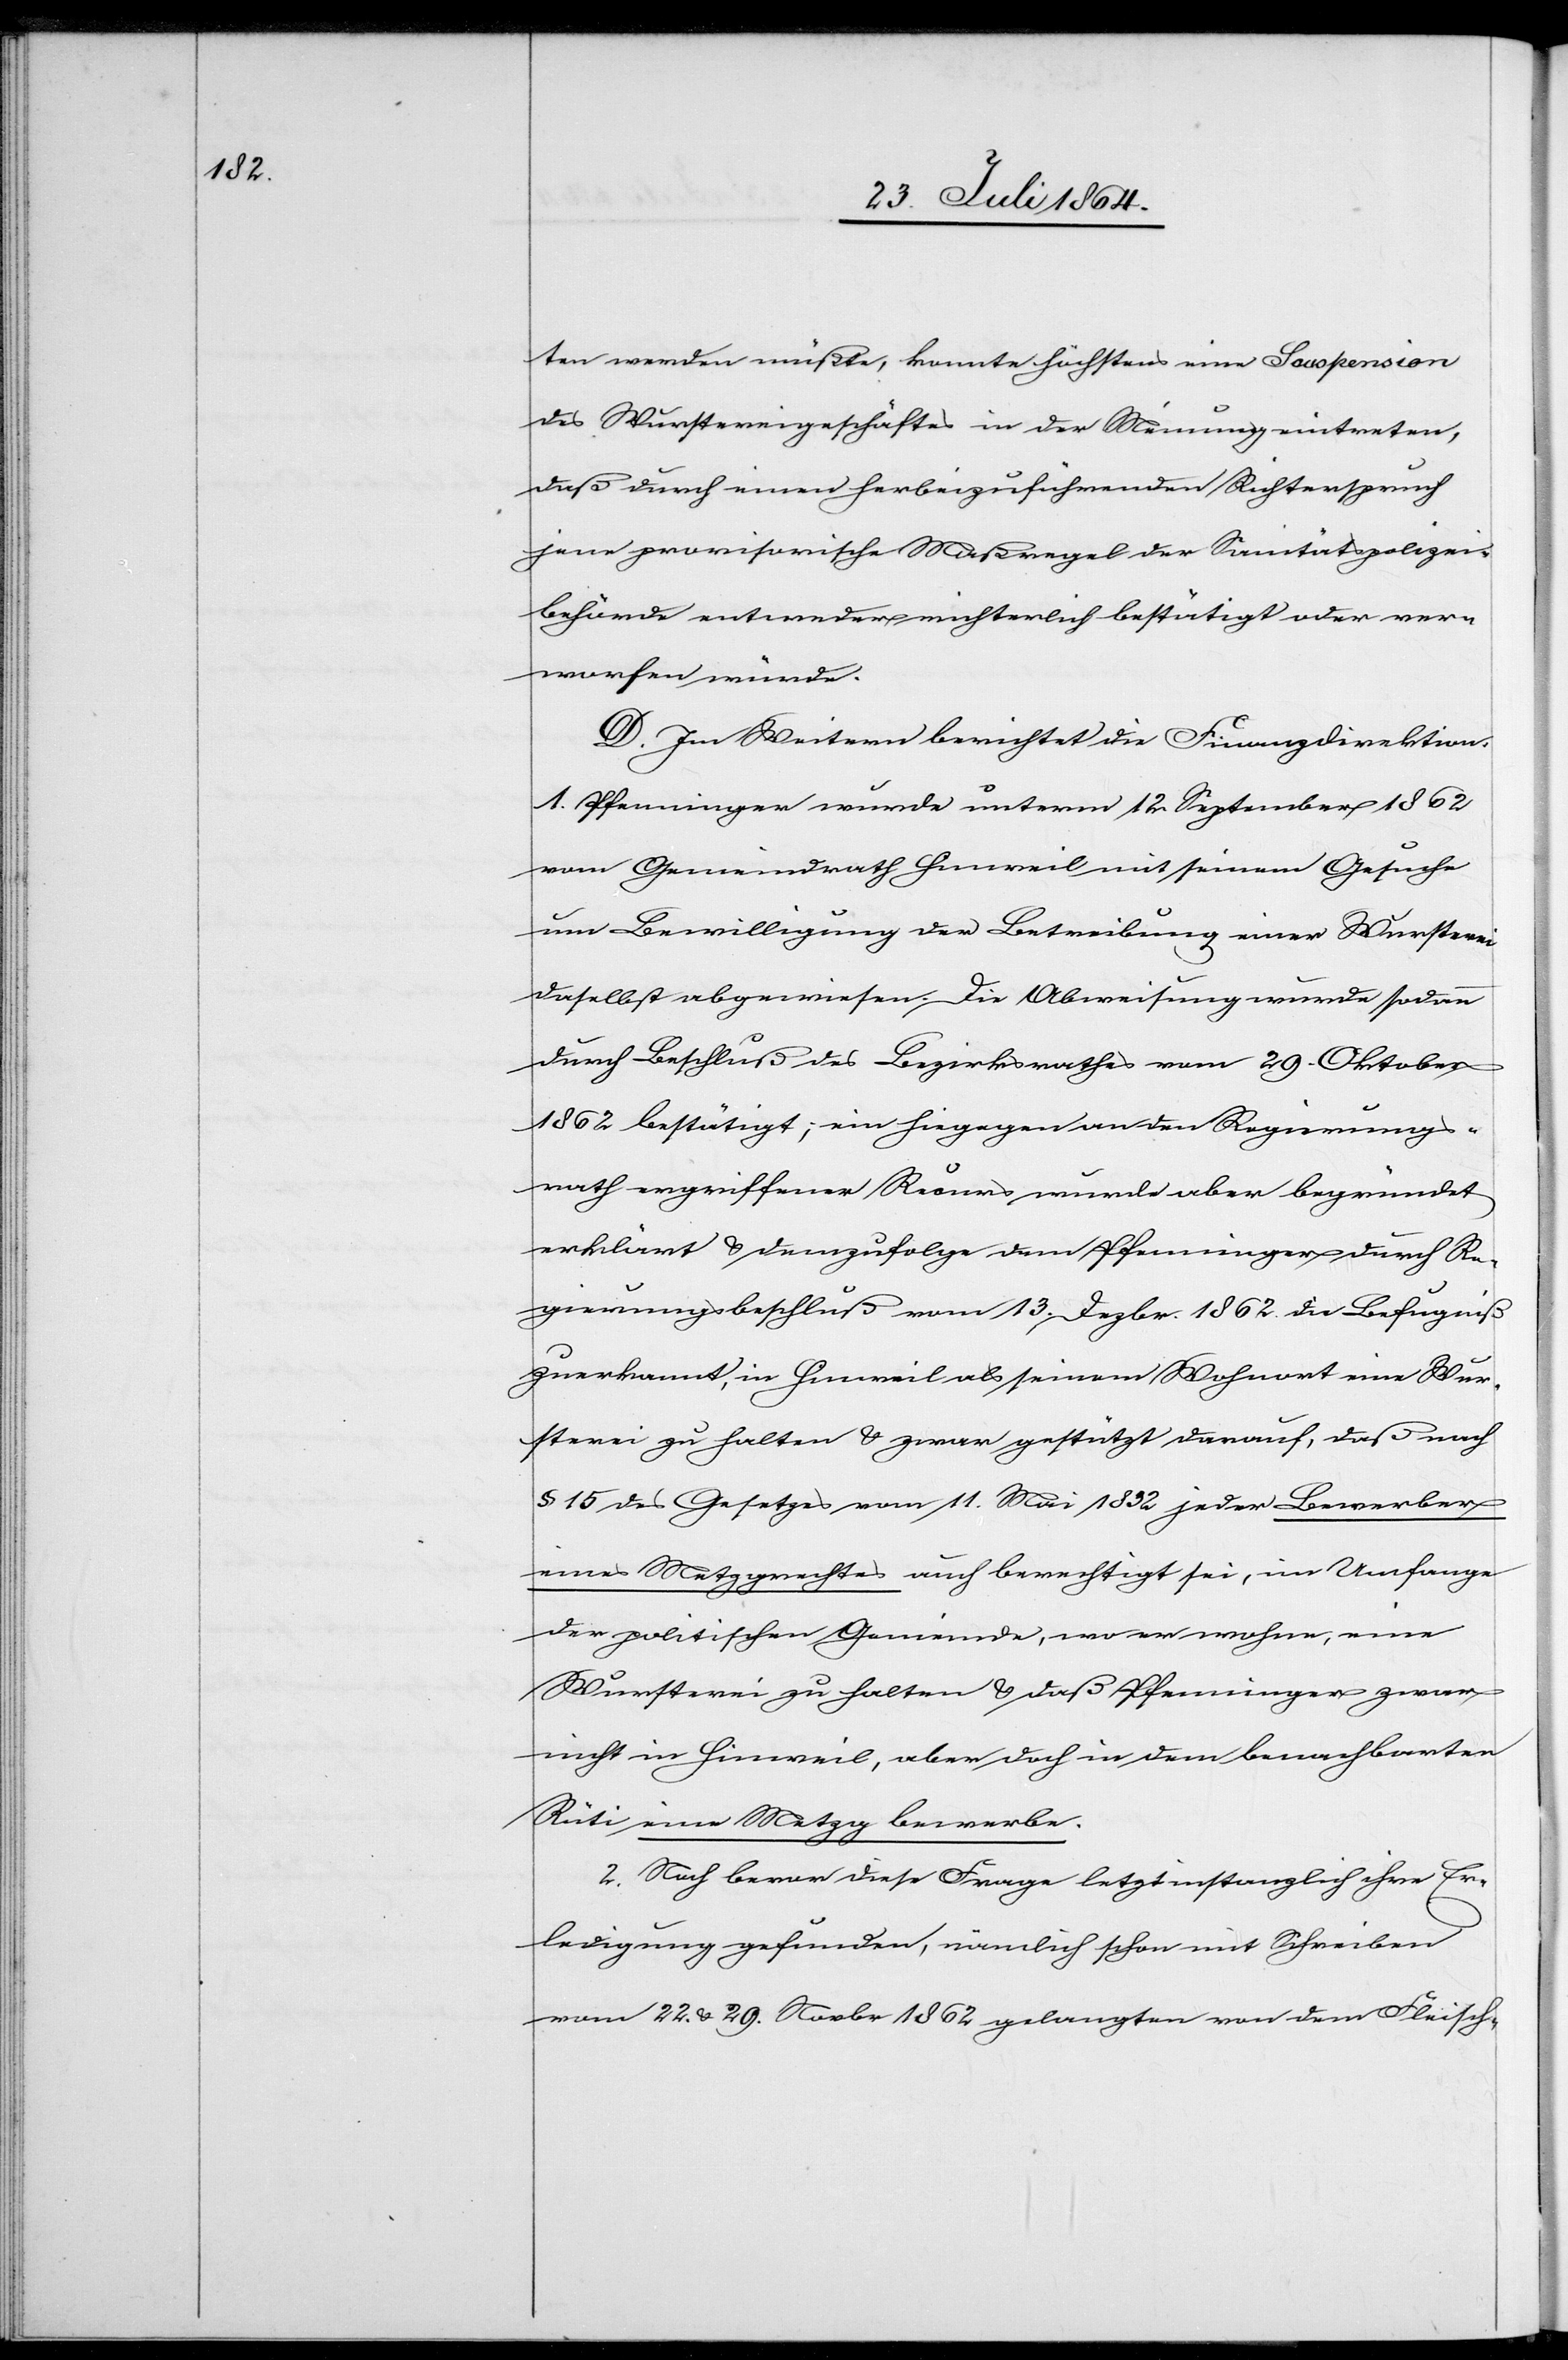
des Wurstereigeschäftes in der Meinung eintreten,
daß durch einen herbeizuführenden Richterspruch
jene provisorische Maßgabe der Sanitätspolizei¬
behörde entweder richterlich bestätigt oder ver¬
worfen würde.
D. Im Weiteren berichtet die Finanzdirektion:
1. Pfenninger wurde unterm 12. September 1862
vom Gemeindrath Hinweil mit seinem Gesuche
um Bewilligung der Betreibung einer Wursterei
daselbst abgewiesen. Die Abweisung wurde sodann
durch Beschluß des Bezirksrathes vom 29. Oktober
1862 bestätigt; ein hiegegen an den Regierungs¬
rath ergriffener Recurs wurde aber begründet
erklärt & demzufolge dem Pfenninger durch R¬
egierungsbeschluß vom 13. Dezbr. 1862 die Befugniß
zuerkannt, in Hinweil als seinem Wohnort eine Wur¬
sterei zu halten & zwar gestützt darauf, daß nach
§ 15 des Gesetzes vom 11. Mai 1832 jeder Bewerber
eines Metzgrechtes auch berechtigt sei, im Umfange
der politischen Gemeinde, wo er wohne, eine
Wursterei zu halten & daß Pfenninger zwar
nicht in Hinweil, aber doch in dem benachbarten
Rüti eine Metzg bewerbe.
2. Noch bevor diese Frage letztinstanzlich ihre Er¬
ledigung gefunden, nämlich schon mit Schreiben
vom 22. & 29. Novbr 1862 gelangen von dem Fleisch-